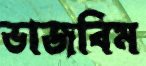
ভাজবিম